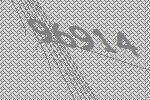
96914